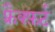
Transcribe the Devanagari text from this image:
फ़्रैक्फ़र्ट